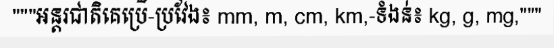
"""អន្តរជាតិគេប្រើ-ប្រវែង៖ mm, m, cm, km,-ទំងន់៖ kg, g, mg,"""